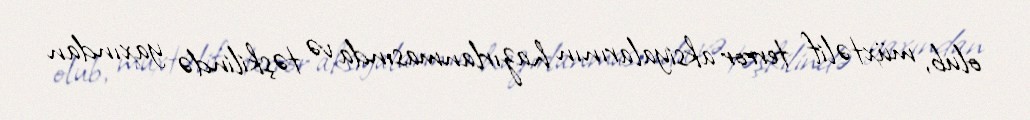
olub, müxtəlif terror aksiyalarının hazırlanmasında və təşkilində yaxından